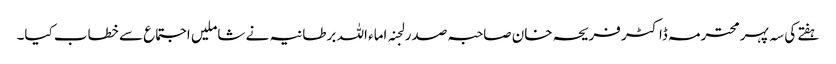
ہفتے کی سہ پہرمحترمہ ڈاکٹر فریحہ خان صاحبہ صدر لجنہ اماء اللہ برطانیہ نے شاملیں اجتماع سے خطاب کیا۔